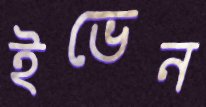
ইভেন